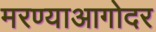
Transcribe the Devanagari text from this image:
मरण्याआगोदर